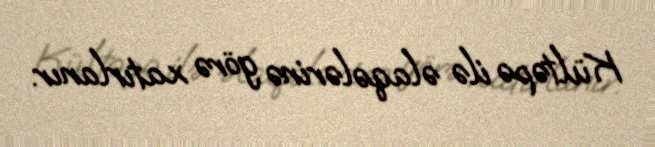
Kültəpə ilə əlaqələrinə görə xatırlanır.